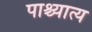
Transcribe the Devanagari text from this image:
पाश्च्यात्य